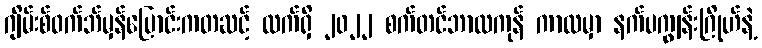
ဂျိမ်းစ်ဝက်ဘ်မှန်ပြောင်းကတဆင့် လက်ရှိ ၂၀၂၂ စက်တင်ဘာလကုန် ကာလမှာ နက်ပကျွန်းဂြိုဟ်နဲ့